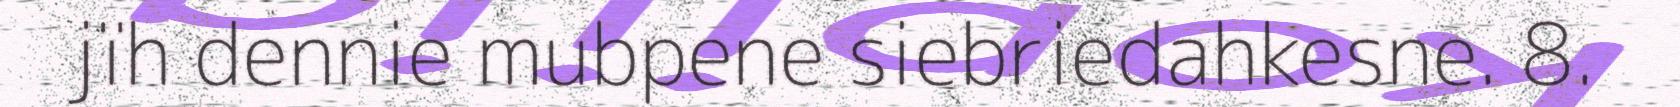
jïh dennie mubpene siebriedahkesne. 8.